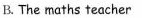
B.The maths teacher